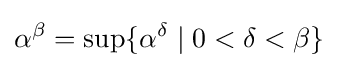
\alpha ^{\beta }=\sup \lbrace \alpha ^{\delta }\mid 0<\delta <\beta \rbrace